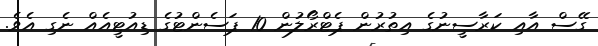
ގޭސް އާއި ކަރާސީނުގެ އިތުރުން ޕެޓްރޯލުން 10 ޕަސެންޓުގެ ޑިއުޓީއެއް ނެގި އެވެ.